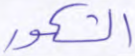
الشكور